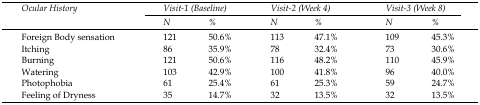
<table><thead><tr><td rowspan="2"><b><i>Ocular History</i></b></td><td colspan="2"><b><i>Visit-1 (Baseline)</i></b></td><td colspan="2"><b><i>Visit-2 (Week 4)</i></b></td><td colspan="2"><b><i>Visit-3 (Week 8)</i></b></td></tr><tr><td><b><i>N</i></b></td><td><b><i>%</i></b></td><td><b><i>N</i></b></td><td><b><i>%</i></b></td><td><b><i>N</i></b></td><td><b><i>%</i></b></td></tr></thead><tbody><tr><td>Foreign Body sensation</td><td>121</td><td>50.6%</td><td>113</td><td>47.1%</td><td>109</td><td>45.3%</td></tr><tr><td>Itching </td><td>86</td><td>35.9%</td><td>78</td><td>32.4%</td><td>73</td><td>30.6%</td></tr><tr><td>Burning </td><td>121</td><td>50.6%</td><td>116</td><td>48.2%</td><td>110</td><td>45.9%</td></tr><tr><td>Watering </td><td>103</td><td>42.9%</td><td>100</td><td>41.8%</td><td>96</td><td>40.0%</td></tr><tr><td>Photophobia </td><td>61</td><td>25.4%</td><td>61</td><td>25.3%</td><td>59</td><td>24.7%</td></tr><tr><td>Feeling of Dryness </td><td>35</td><td>14.7%</td><td>32</td><td>13.5%</td><td>32</td><td>13.5%</td></tr></tbody></table>